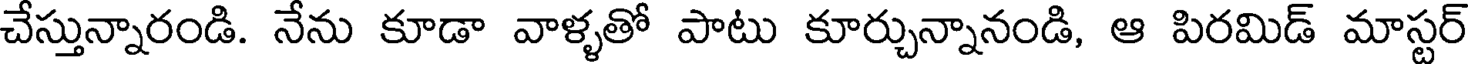
చేస్తున్నారండి. నేను కూడా వాళ్ళతో పాటు కూర్చున్నానండి, ఆ పిరమిడ్ మాస్టర్